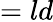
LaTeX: =ld